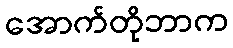
အောက်တိုဘာက